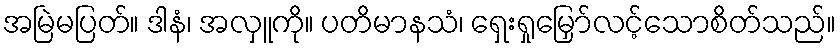
အမြဲမပြတ်။ ဒါနံ၊ အလှူကို။ ပတိမာနသံ၊ ရှေးရှုမြှော်လင့်သောစိတ်သည်။